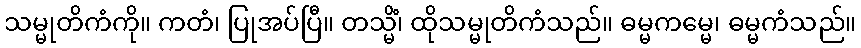
သမ္မုတိကံကို။ ကတံ၊ ပြုအပ်ပြီ။ တသ္မိံ၊ ထိုသမ္မုတိကံသည်။ ဓမ္မကမ္မေ၊ ဓမ္မကံသည်။